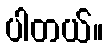
ပါတယ်။